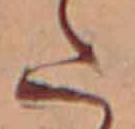
た